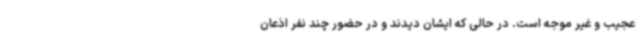
عجیب و غیر موجه است. در حالی که ایشان دیدند و در حضور چند نفر اذعان